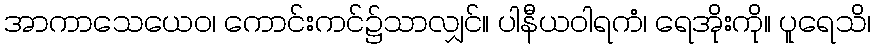
အာကာသေယေဝ၊ ကောင်းကင်၌သာလျှင်။ ပါနီယဝါရကံ၊ ရေအိုးကို။ ပူရေသိ၊